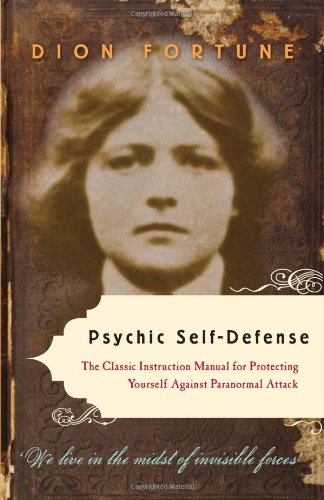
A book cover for Psychic Self-Defense: The Classic Instruction Manual for Protecting Yourself Against Paranormal Attack; Dion Fortune; Religion & Spirituality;